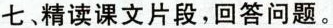
七、精读课文片段，回答问题。